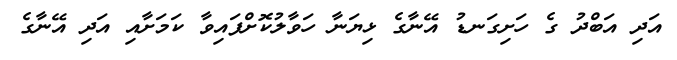
އަދި އަބްދު ގެ ހަށިގަނޑު އޭނާގެ ޅިޔަނާ ހަވާލުކޮށްފައިވާ ކަމަށާއި އަދި އޭނާގެ